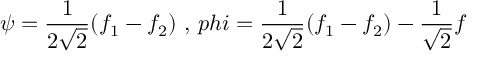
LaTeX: \psi = \frac { 1 } { 2 \sqrt { 2 } } ( f _ { 1 } - f _ { 2 } ) \ , \, p h i = \frac { 1 } { 2 \sqrt { 2 } } ( f _ { 1 } - f _ { 2 } ) - \frac { 1 } { \sqrt { 2 } } f